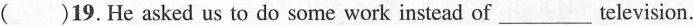
( )19.He asked us to do some work instead of ___ television.